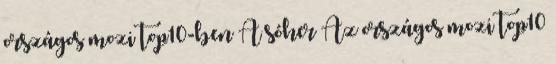
országos mozi top10-ben A sóher Az országos mozi top10